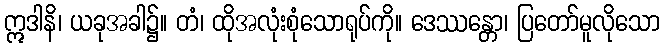
ဣဒါနိ၊ ယခုအခါ၌။ တံ၊ ထိုအလုံးစုံသောရုပ်ကို။ ဒေဿန္တော၊ ပြတော်မူလိုသော